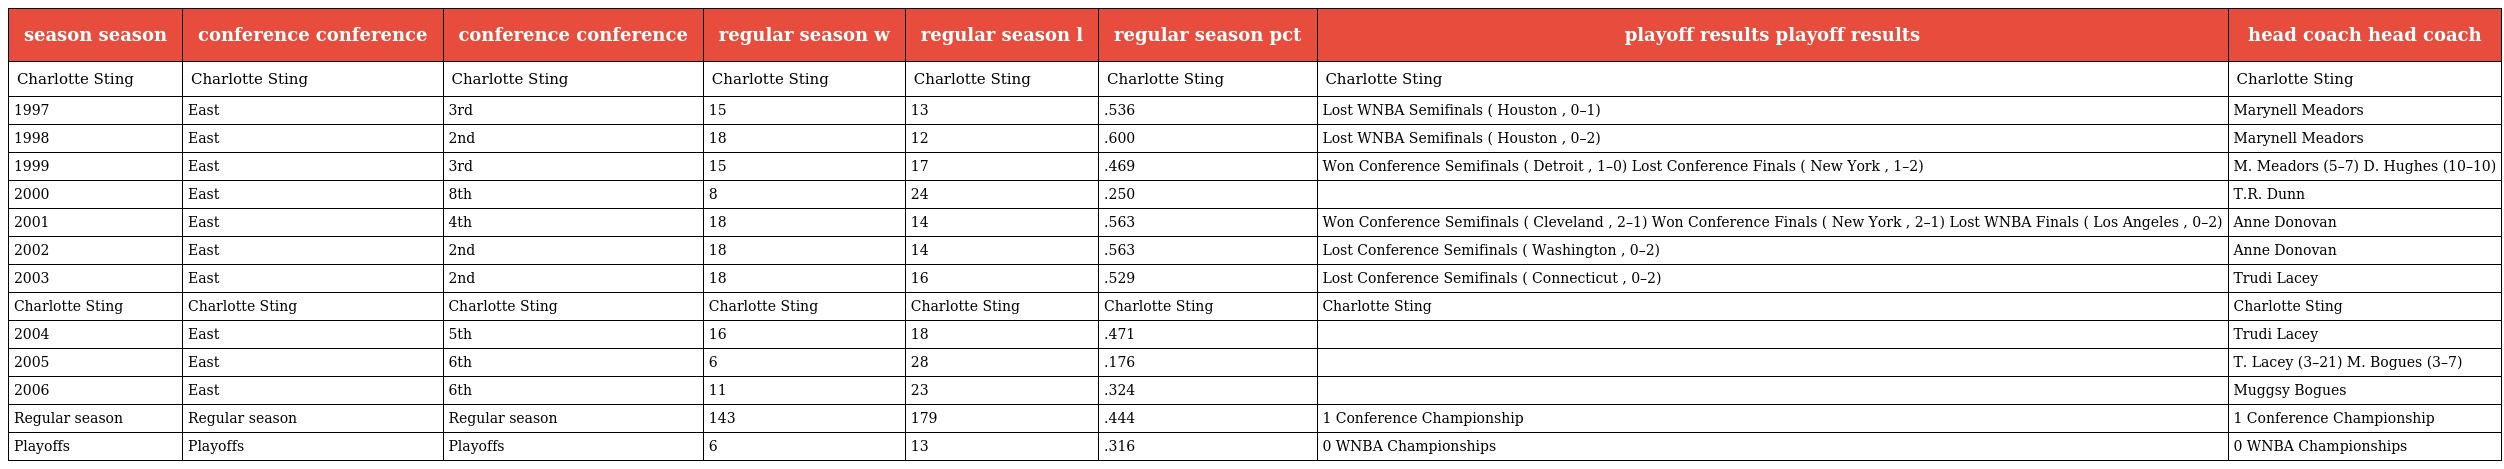
| season season | conference conference | conference conference | regular season w | regular season l | regular season pct | playoff results playoff results | head coach head coach |
 | --- | --- | --- | --- | --- | --- | --- | --- |
 | Charlotte Sting | Charlotte Sting | Charlotte Sting | Charlotte Sting | Charlotte Sting | Charlotte Sting | Charlotte Sting | Charlotte Sting |
 | 1997 | East | 3rd | 15 | 13 | .536 | Lost WNBA Semifinals ( Houston , 0–1) | Marynell Meadors |
 | 1998 | East | 2nd | 18 | 12 | .600 | Lost WNBA Semifinals ( Houston , 0–2) | Marynell Meadors |
 | 1999 | East | 3rd | 15 | 17 | .469 | Won Conference Semifinals ( Detroit , 1–0) Lost Conference Finals ( New York , 1–2) | M. Meadors (5–7) D. Hughes (10–10) |
 | 2000 | East | 8th | 8 | 24 | .250 |  | T.R. Dunn |
 | 2001 | East | 4th | 18 | 14 | .563 | Won Conference Semifinals ( Cleveland , 2–1) Won Conference Finals ( New York , 2–1) Lost WNBA Finals ( Los Angeles , 0–2) | Anne Donovan |
 | 2002 | East | 2nd | 18 | 14 | .563 | Lost Conference Semifinals ( Washington , 0–2) | Anne Donovan |
 | 2003 | East | 2nd | 18 | 16 | .529 | Lost Conference Semifinals ( Connecticut , 0–2) | Trudi Lacey |
 | Charlotte Sting | Charlotte Sting | Charlotte Sting | Charlotte Sting | Charlotte Sting | Charlotte Sting | Charlotte Sting | Charlotte Sting |
 | 2004 | East | 5th | 16 | 18 | .471 |  | Trudi Lacey |
 | 2005 | East | 6th | 6 | 28 | .176 |  | T. Lacey (3–21) M. Bogues (3–7) |
 | 2006 | East | 6th | 11 | 23 | .324 |  | Muggsy Bogues |
 | Regular season | Regular season | Regular season | 143 | 179 | .444 | 1 Conference Championship | 1 Conference Championship |
 | Playoffs | Playoffs | Playoffs | 6 | 13 | .316 | 0 WNBA Championships | 0 WNBA Championships |